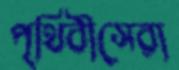
পৃথিবীসেরা